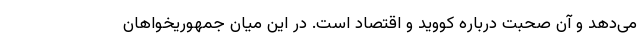
می‌دهد و آن صحبت درباره کووید و اقتصاد است. در این میان جمهوریخواهان